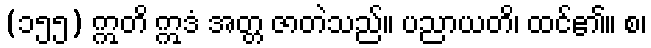
(၁၅၅) ဣတိ ဣဒံ အတ္တ ဇာတဲသည်။ ပညာယတိ၊ ထင်၏။ စ၊